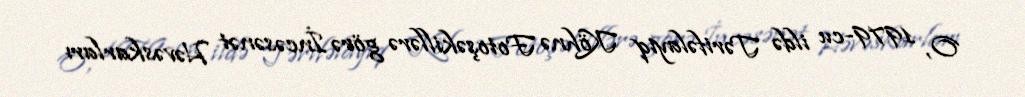
O, 1979-cu ildə Tərifəlayiq Köhnə Fotoşəkillərə görə İncəsənət Həvəskarları